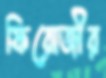
ফিরোজীর